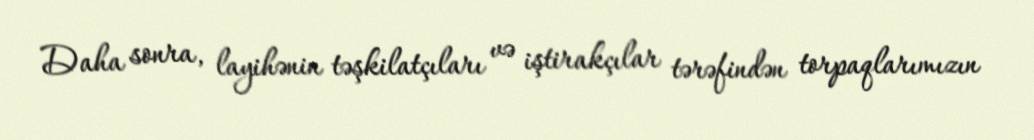
Daha sonra, layihənin təşkilatçıları və iştirakçılar tərəfindən torpaqlarımızın